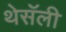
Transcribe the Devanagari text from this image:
थेसॅली